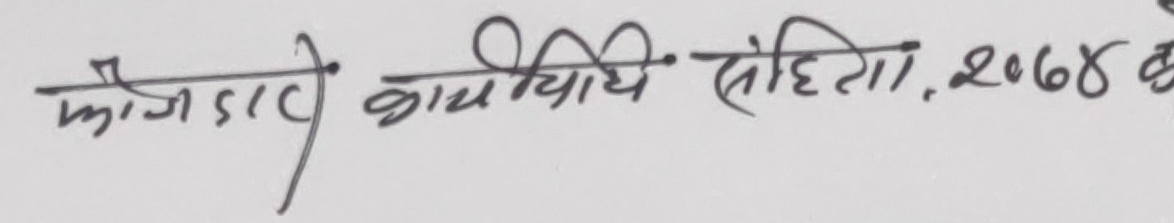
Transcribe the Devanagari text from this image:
फौजदारी कार्यविधि संहिता, २०७४ को